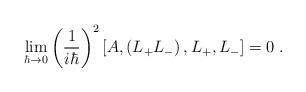
LaTeX: \begin{align*}\lim_{\hbar\rightarrow0}\left( \frac{1}{i\hbar}\right) ^{2}\left[ A,\left(L_{+}L_{-}\right) ,L_{+},L_{-}\right] =0\;.\end{align*}